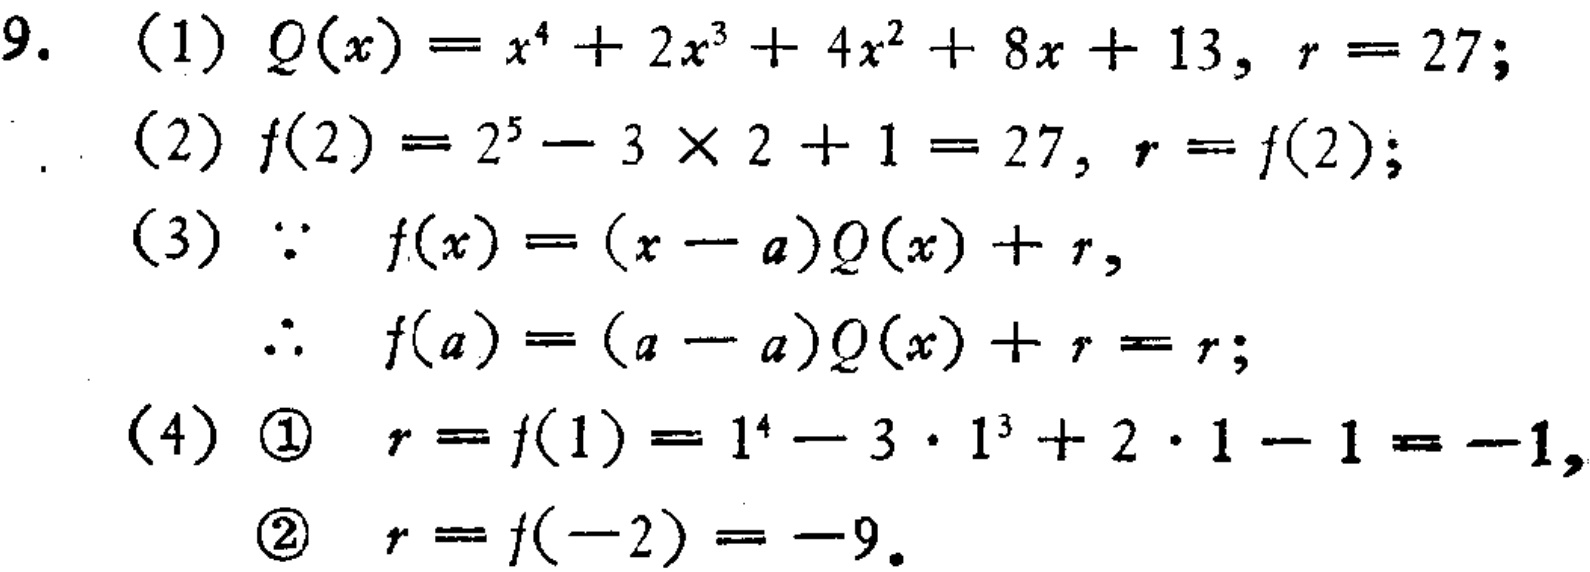
\begin{align*}

9.\quad&(1)\quad Q(x)=x^{4}+2x^{3}+4x^{2}+8x + 13,\ r = 27;\\

&(2)\quad f(2)=2^{5}-3\times2 + 1=27,\ r = f(2);\\

&(3)\quad\because\quad f(x)=(x - a)Q(x)+r,\\

&\quad\therefore\quad f(a)=(a - a)Q(x)+r = r;\\

&(4)\quad\textcircled{1}\quad r = f(1)=1^{4}-3\cdot1^{3}+2\cdot1 - 1=-1,\\

&\quad\textcircled{2}\quad r = f(-2)=-9.

\end{align*}